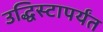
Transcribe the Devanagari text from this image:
उद्धिस्टापर्यंत